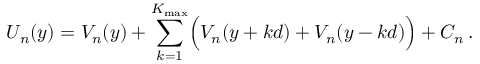
U _ { n } ( y ) = V _ { n } ( y ) + \sum _ { k = 1 } ^ { K _ { \operatorname* { m a x } } } \Bigl ( V _ { n } ( y + k d ) + V _ { n } ( y - k d ) \Bigr ) + C _ { n } \, .